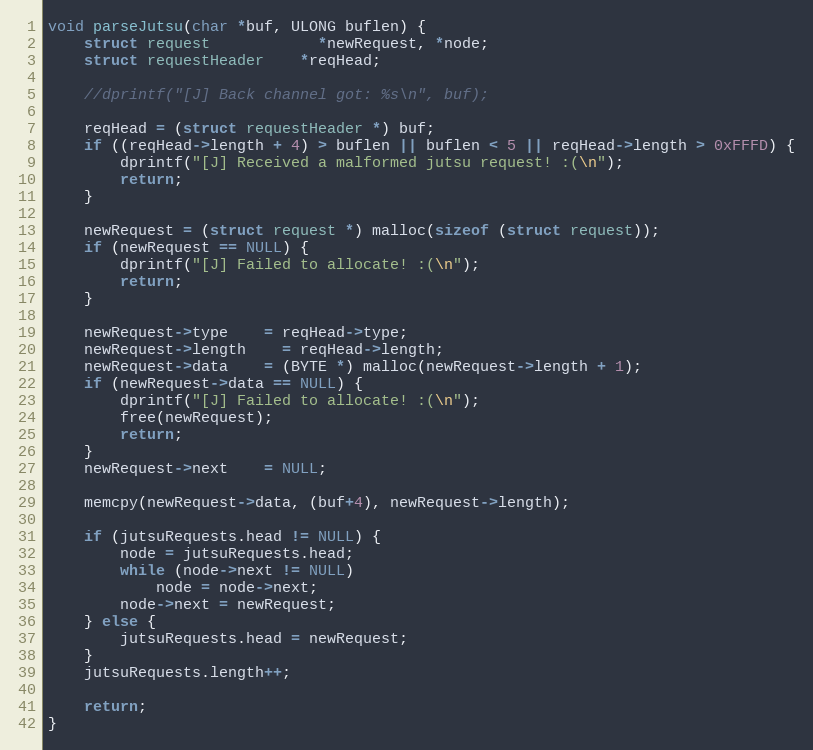
Language: C++
void parseJutsu(char *buf, ULONG buflen) {
	struct request			*newRequest, *node;
	struct requestHeader	*reqHead;

	//dprintf("[J] Back channel got: %s\n", buf);

	reqHead = (struct requestHeader *) buf;
	if ((reqHead->length + 4) > buflen || buflen < 5 || reqHead->length > 0xFFFD) {
		dprintf("[J] Received a malformed jutsu request! :(\n");
		return;
	}

	newRequest = (struct request *) malloc(sizeof (struct request));
	if (newRequest == NULL) {
		dprintf("[J] Failed to allocate! :(\n");
		return;
	}

	newRequest->type	= reqHead->type;
	newRequest->length	= reqHead->length;
	newRequest->data	= (BYTE *) malloc(newRequest->length + 1);
	if (newRequest->data == NULL) {
		dprintf("[J] Failed to allocate! :(\n");
		free(newRequest);
		return;
	}
	newRequest->next	= NULL;

	memcpy(newRequest->data, (buf+4), newRequest->length);

	if (jutsuRequests.head != NULL) {
		node = jutsuRequests.head;
		while (node->next != NULL)
			node = node->next;
		node->next = newRequest;
	} else {
		jutsuRequests.head = newRequest;
	}
	jutsuRequests.length++;

	return;
}